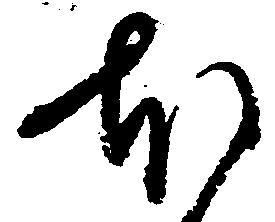
本